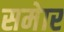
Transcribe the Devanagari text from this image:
समेार